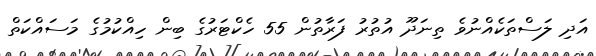
އަދި ލަސްތަކެއްނުވެ ތިނަދޫ އުތުރު ފަރާތުން 55 ހެކްޓަރުގެ ބިން ހިއްކުމުގެ މަސައްކަތް